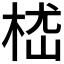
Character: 𣒎